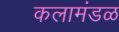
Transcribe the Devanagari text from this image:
कलामंडळ